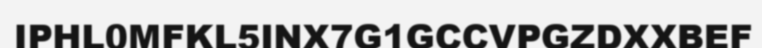
IPHL0MFKL5INX7G1GCCVPGZDXXBEF